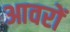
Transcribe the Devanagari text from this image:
आवरों